Indian journal of veterinary science and animal husbandry - Volume 1,
Year: 1931
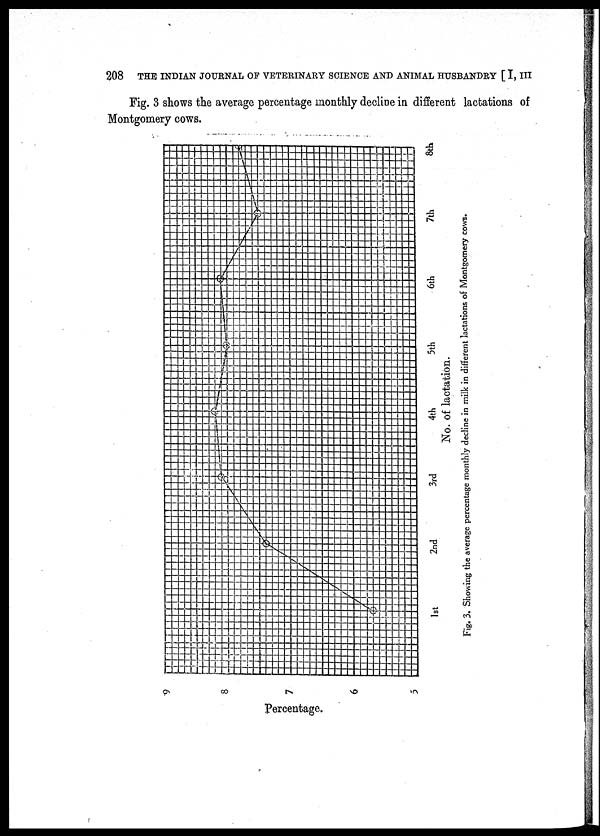
208
THE INDIAN JOURNAL OF VETERINARY SCIENCE AND ANIMAL HUSBANDRY [ I, III
Fig. 3 shows the average percentage monthly decline in different lactations of
Montgomery cows.
Fig. 3. Showing the average percentage monthly decline in milk in different lactations of Montgomery cows.